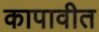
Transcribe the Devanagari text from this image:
कापावीत